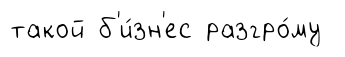
такой б'и́зн'ес разгро́му